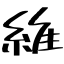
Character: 維